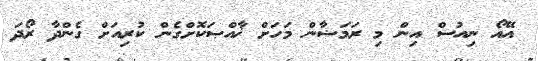
އޭއޯ ނިއުސް އިން މި ރަމަޟާން މަހަށް ޚާއްޞަކޮށްގެން ކުރިއަށް ގެންދާ ރޯދަ